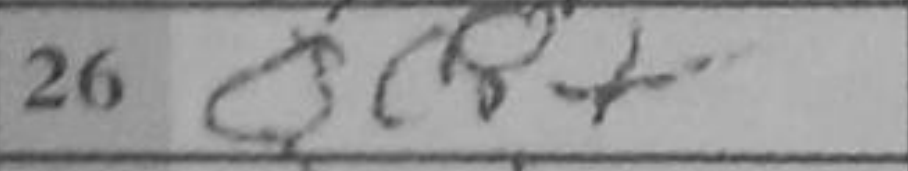
Transcription: Qc8+